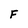
Character: F